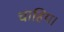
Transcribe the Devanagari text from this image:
चाहिय।